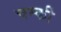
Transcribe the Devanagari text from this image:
चम्की